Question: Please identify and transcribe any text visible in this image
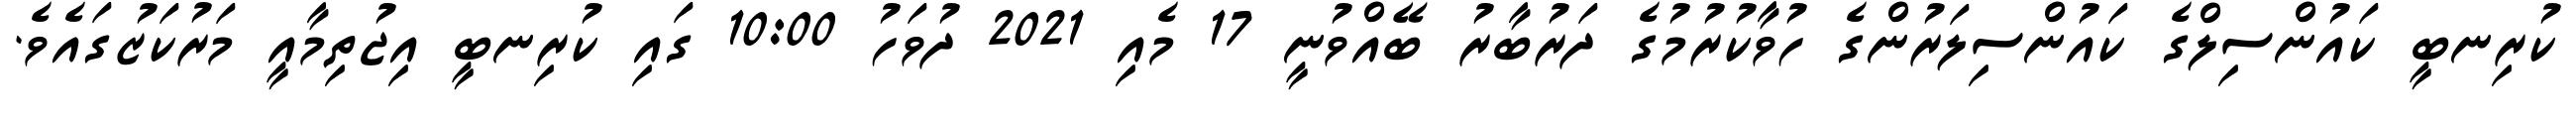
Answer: ކުރިނބީ ކައުންސިލްގެ ކައުންސިލަރުންގެ ހުވާކުރުމުގެ ދަރުބާރު ބޭއްވުނީ 17 މެއި 2021 ދުވަހު 10:00 ގައި ކުރިނބީ އިޖުތިމާއީ މަރުކަޒުގައެވެ.